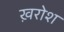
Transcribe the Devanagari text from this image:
ख़रोश